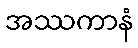
အဿကာနံ